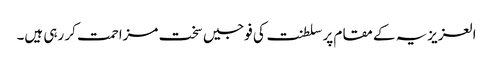
العزیزیہ کے مقام پر سلطنت کی فوجیں سخت مزاحمت کر رہی ہیں۔